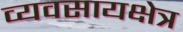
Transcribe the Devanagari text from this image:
व्यवसायक्षेत्र